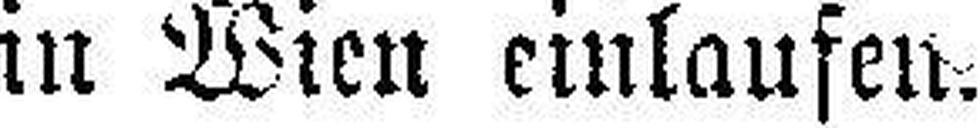
in Wien einlaufen.